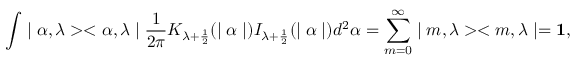
\int \mid \alpha , \lambda > < \alpha , \lambda \mid { \frac { 1 } { 2 \pi } } K _ { \lambda + \frac { 1 } { 2 } } ( \mid \alpha \mid ) I _ { \lambda + \frac { 1 } { 2 } } ( \mid \alpha \mid ) d ^ { 2 } \alpha = \sum _ { m = 0 } ^ { \infty } \mid m , \lambda > < m , \lambda \mid = { \bf 1 } ,